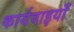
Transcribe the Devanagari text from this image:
कार्यवाइयाँ